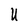
Character: U